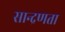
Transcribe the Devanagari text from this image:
सान्द्रणता